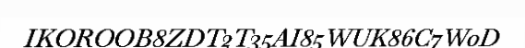
IKOROOB8ZDT2T35AI85WUK86C7W0D